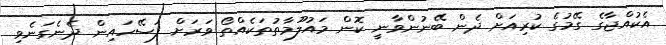
އެކުއްޖާގެ ގޭމުގެ ކުރިއަށް ދެން ބޭނުންވާނީ ކޮން މައުލޫމާތުތަކެއްތޯ ވަރަށް ފަސޭހައިން ދެނެގަނެވި